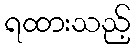
ရထားသည့်